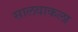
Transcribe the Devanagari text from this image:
सालवाकला